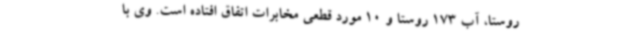
روستا، آب 173 روستا و 10 مورد قطعی مخابرات اتفاق افتاده است. وی با